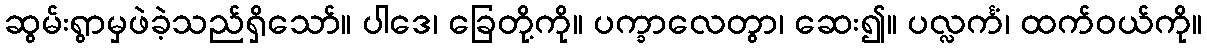
ဆွမ်းရွာမှဖဲခဲ့သည်ရှိသော်။ ပါဒေ၊ ခြေတို့ကို။ ပက္ခာလေတွာ၊ ဆေး၍။ ပလ္လင်္ကံ၊ ထက်ဝယ်ကို။